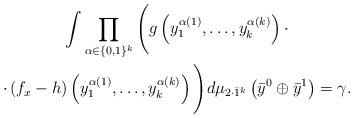
LaTeX: \begin{gather*}\int \prod_{\alpha \in \{0,1\}^k} \Bigg( g \left( y_1^{\alpha(1)}, \ldots, y_{k}^{\alpha(k)} \right) \cdot \\\cdot \left(f_x - h \right)\left( y_1^{\alpha(1)}, \ldots, y_{k}^{\alpha(k)} \right) \Bigg) d\mu_{2 \cdot \bar{1}^k}\left(\bar{y}^0 \oplus \bar{y}^1\right) = \gamma.\end{gather*}